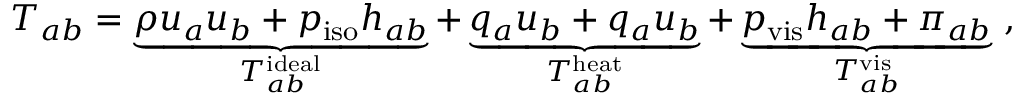
T _ { a b } = \underbrace { \rho u _ { a } u _ { b } + p _ { \mathrm { i s o } } h _ { a b } } _ { T _ { a b } ^ { \mathrm { i d e a l } } } + \underbrace { q _ { a } u _ { b } + q _ { a } u _ { b } } _ { T _ { a b } ^ { \mathrm { h e a t } } } + \underbrace { p _ { \mathrm { v i s } } h _ { a b } + \pi _ { a b } } _ { T _ { a b } ^ { \mathrm { v i s } } } ~ ,